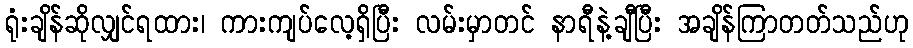
ရုံးချိန်ဆိုလျှင်ရထား၊ ကားကျပ်လေ့ရှိပြီး လမ်းမှာတင် နာရီနဲ့ချီပြီး အချိန်ကြာတတ်သည်ဟု